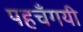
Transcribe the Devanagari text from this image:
पहचँगयी